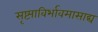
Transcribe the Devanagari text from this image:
सृष्ट्याविर्भावमासाद्य